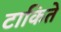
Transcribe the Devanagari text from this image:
टाकिते